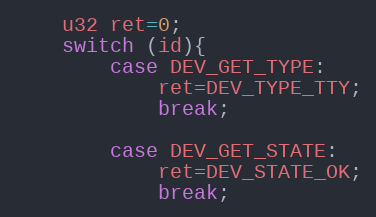
Language: C++
	u32 ret=0;
	switch (id){
		case DEV_GET_TYPE:
			ret=DEV_TYPE_TTY;
			break;

		case DEV_GET_STATE:
			ret=DEV_STATE_OK;
			break;